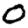
Digit: 0